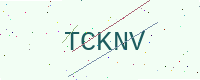
Text: TCKNV